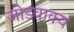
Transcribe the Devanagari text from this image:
जोडवाक्य